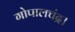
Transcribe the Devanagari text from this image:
गोपालचंद्र।